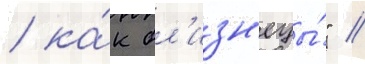
/ ка́к бл'изн'ецы́" //